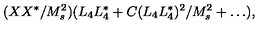
( X X ^ { * } / M _ { s } ^ { 2 } ) ( L _ { 4 } L _ { 4 } ^ { * } + C ( L _ { 4 } L _ { 4 } ^ { * } ) ^ { 2 } / M _ { s } ^ { 2 } + \dots ) ,